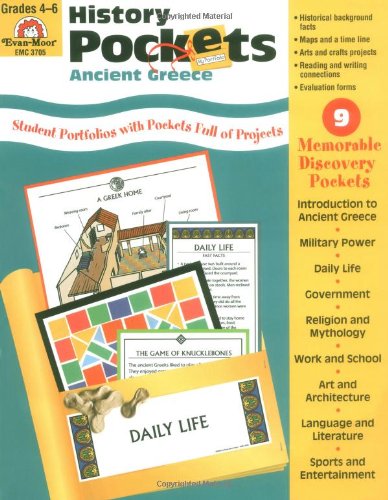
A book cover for History Pockets: Ancient Greece; Evan Moor; Children's Books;